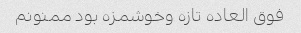
فوق العاده تازه وخوشمزه بود ممنونم